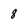
Character: 8